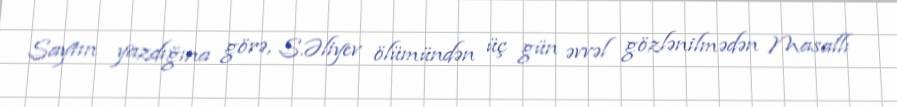
Saytın yazdığına görə, S.Əliyev ölümündən üç gün əvvəl gözlənilmədən Masallı